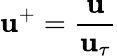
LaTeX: \mathbf{u}^{+}=\frac{{\mathbf{u}}}{{\mathbf{u}_{\tau}}}